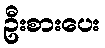
ဦးစားပေး